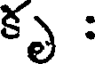
కృ :